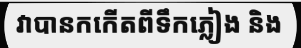
វាបានកកើតពីទឹកភ្លៀង និង